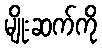
မျိုးဆက်ကို